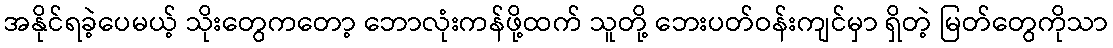
အနိုင်ရခဲ့ပေမယ့် သိုးတွေကတော့ ဘောလုံးကန်ဖို့ထက် သူတို့ ဘေးပတ်ဝန်းကျင်မှာ ရှိတဲ့ မြတ်တွေကိုသာ